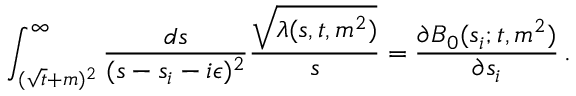
\int _ { ( \sqrt { t } + m ) ^ { 2 } } ^ { \infty } \frac { d s } { ( s - s _ { i } - i \epsilon ) ^ { 2 } } \frac { \sqrt { \lambda ( s , t , m ^ { 2 } ) } } { s } = \frac { \partial B _ { 0 } ( s _ { i } ; t , m ^ { 2 } ) } { \partial s _ { i } } \, .